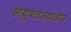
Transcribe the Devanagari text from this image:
आयुक्तालयातील